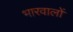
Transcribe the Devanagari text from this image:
भारवालों